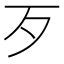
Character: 歹